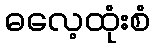
ဓလေ့ထုံးစံ